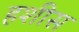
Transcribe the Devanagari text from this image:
हशीस